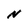
Character: N